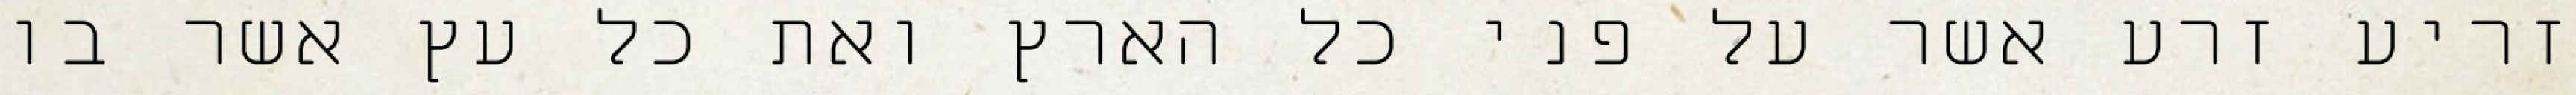
זריע זרע אשר על פני כל הארץ ואת כל עץ אשר בו